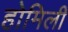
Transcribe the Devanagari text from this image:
होमिली